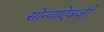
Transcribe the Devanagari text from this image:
सोन्याऐवजी